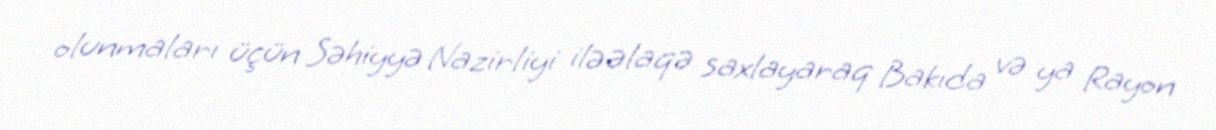
olunmaları üçün Səhiyyə Nazirliyi ilə əlaqə saxlayaraq Bakıda və ya Rayon